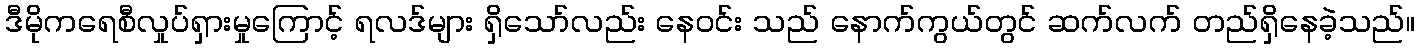
ဒီမိုကရေစီလှုပ်ရှားမှုကြောင့် ရလဒ်များ ရှိသော်လည်း နေဝင်း သည် နောက်ကွယ်တွင် ဆက်လက် တည်ရှိနေခဲ့သည်။